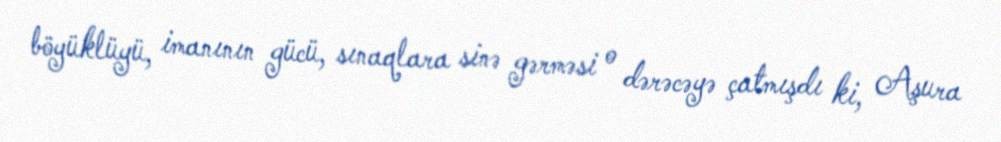
böyüklüyü, imanının gücü, sınaqlara sinə gərməsi o dərəcəyə çatmışdı ki, Aşura